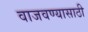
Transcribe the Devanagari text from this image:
वाजवण्यासाठी